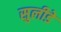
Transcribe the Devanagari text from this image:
सुलीडे